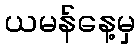
ယမန်နေ့မှ